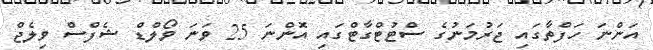
އަންނަ ހަފްތާގައި ޖަރުމަނުގެ ސްޓުޓްގާޓްގައި އޮންނަ 25 ވަނަ ވޯލްޑް ޝެފްސް ވިލެޖް